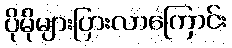
ပိုမိုများပြားလာကြောင်း